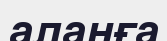
алаңға